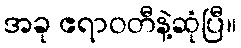
အခု ဧရာဝတီနဲ့ဆုံပြီ။